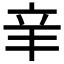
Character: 𨐌